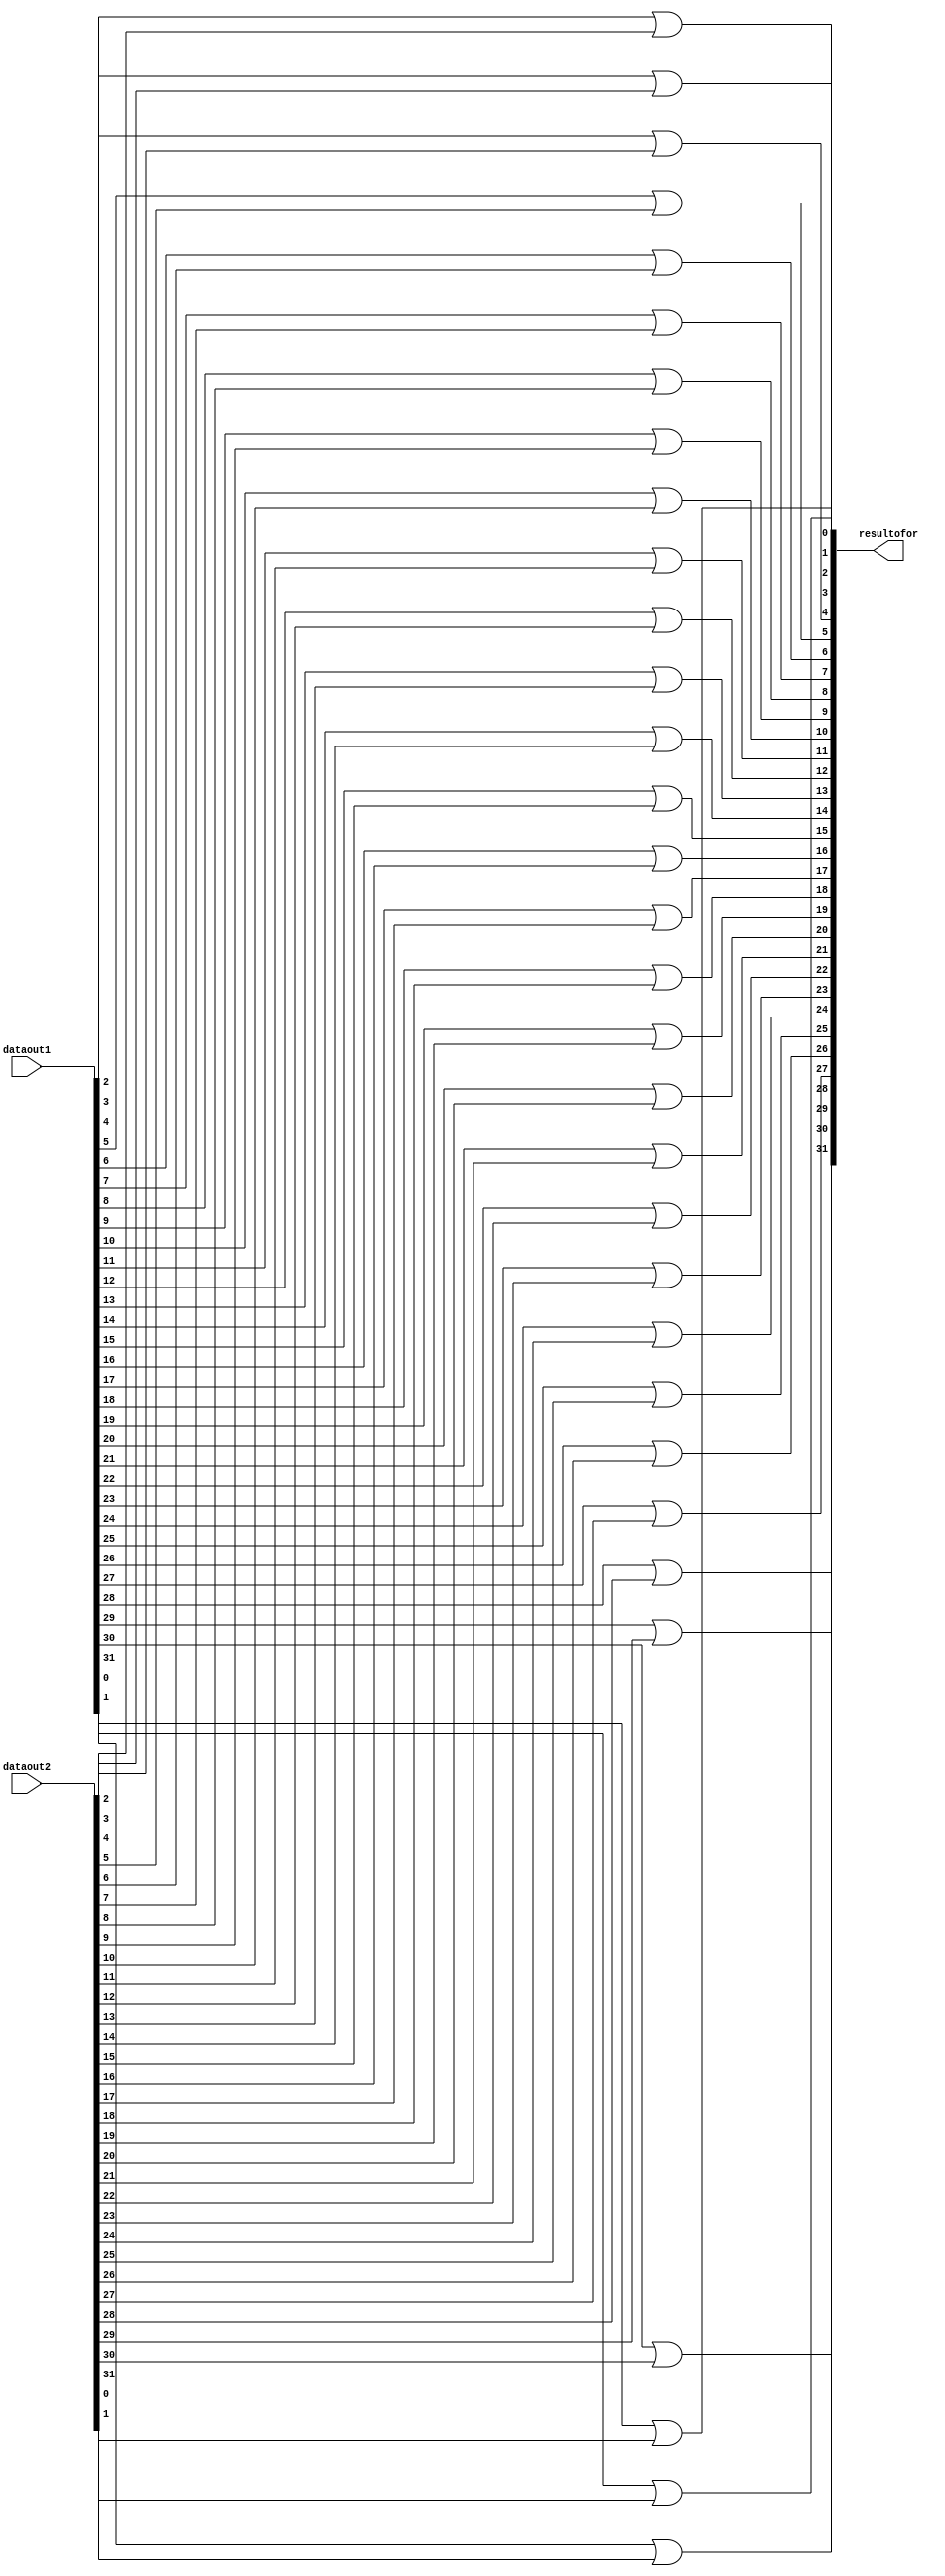
module ORER(resultofor,dataout1,dataout2);
input [31:0] dataout1;
input [31:0] dataout2;
output [31:0] resultofor;
//initial begin
//$monitor("dataout1=%d dataout2=%d resultofor=%d",dataout1,dataout2,resultofor);
//end
or or0(resultofor[0],dataout1[0], dataout2[0]);
or or1(resultofor[1],dataout1[1], dataout2[1]);
or or2(resultofor[2],dataout1[2], dataout2[2]);
or or3(resultofor[3],dataout1[3], dataout2[3]);
or or4(resultofor[4],dataout1[4], dataout2[4]);
or or5(resultofor[5],dataout1[5], dataout2[5]);
or or6(resultofor[6],dataout1[6], dataout2[6]);
or or7(resultofor[7],dataout1[7], dataout2[7]);
or or8(resultofor[8],dataout1[8], dataout2[8]);
or or9(resultofor[9],dataout1[9], dataout2[9]);
or or10(resultofor[10],dataout1[10], dataout2[10]);
or or11(resultofor[11],dataout1[11], dataout2[11]);
or or12(resultofor[12],dataout1[12], dataout2[12]);
or or13(resultofor[13],dataout1[13], dataout2[13]);
or or14(resultofor[14],dataout1[14], dataout2[14]);
or or15(resultofor[15],dataout1[15], dataout2[15]);
or or16(resultofor[16],dataout1[16], dataout2[16]);
or or17(resultofor[17],dataout1[17], dataout2[17]);
or or18(resultofor[18],dataout1[18], dataout2[18]);
or or19(resultofor[19],dataout1[19], dataout2[19]);
or or20(resultofor[20],dataout1[20], dataout2[20]);
or or21(resultofor[21],dataout1[21], dataout2[21]);
or or22(resultofor[22],dataout1[22], dataout2[22]);
or or23(resultofor[23],dataout1[23], dataout2[23]);
or or24(resultofor[24],dataout1[24], dataout2[24]);
or or25(resultofor[25],dataout1[25], dataout2[25]);
or or26(resultofor[26],dataout1[26], dataout2[26]);
or or27(resultofor[27],dataout1[27], dataout2[27]);
or or28(resultofor[28],dataout1[28], dataout2[28]);
or or29(resultofor[29],dataout1[29], dataout2[29]);
or or30(resultofor[30],dataout1[30], dataout2[30]);
or or31(resultofor[31],dataout1[31], dataout2[31]);

endmodule